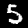
Label: 5